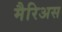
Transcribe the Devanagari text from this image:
मैरिअस